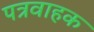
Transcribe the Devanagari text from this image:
पत्रवाहक